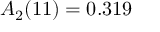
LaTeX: A _ { 2 } ( 1 1 ) = 0 . 3 1 9